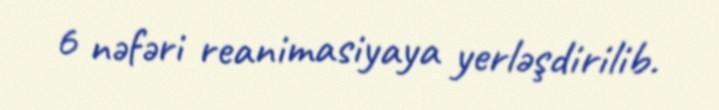
6 nəfəri reanimasiyaya yerləşdirilib.